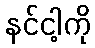
နင်ငါ့ကို